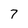
Character: 7